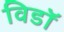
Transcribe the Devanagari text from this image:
विडाॅ